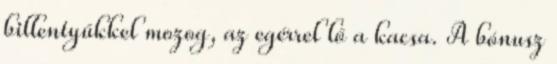
billentyűkkel mozog, az egérrel lő a kacsa. A bónusz